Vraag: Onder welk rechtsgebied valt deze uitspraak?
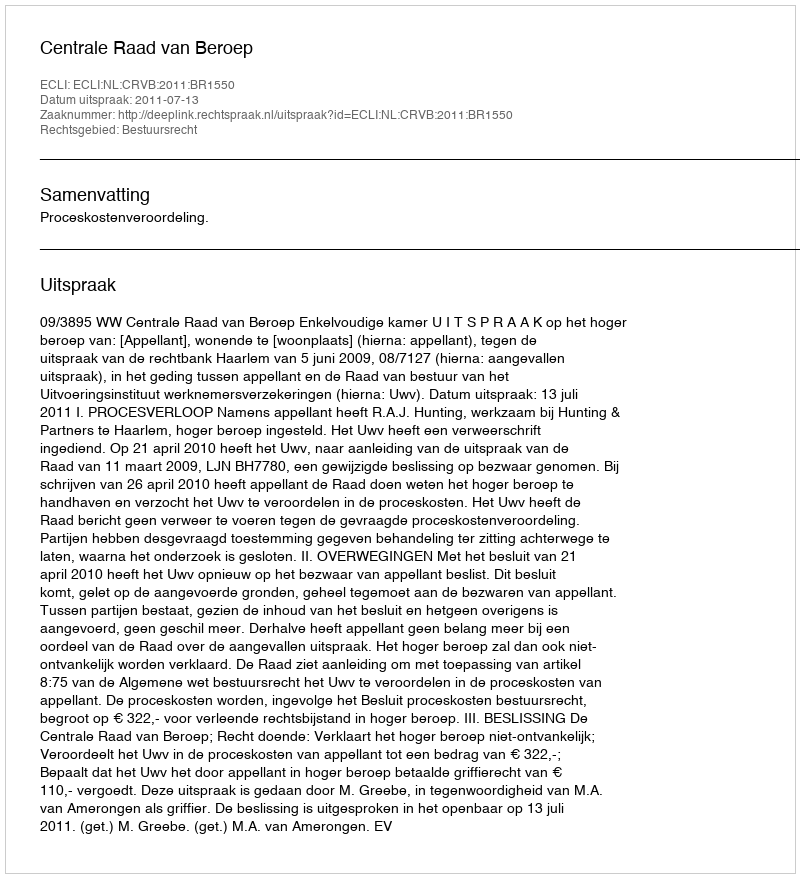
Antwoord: Bestuursrecht